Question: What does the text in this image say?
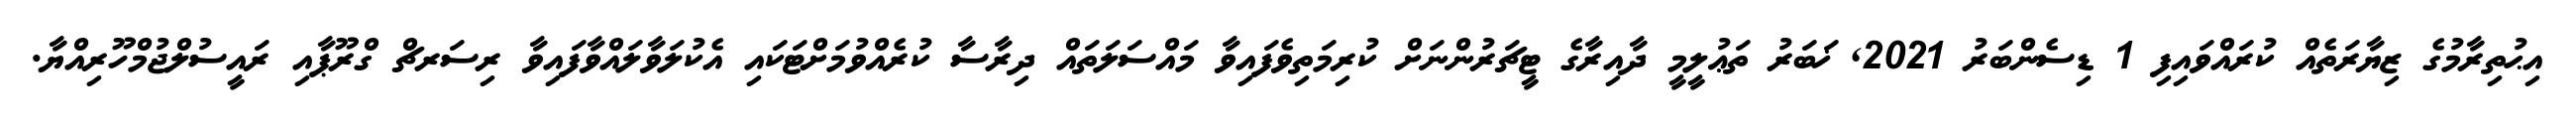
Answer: އިޙުތިރާމުގެ ޒިޔާރަތެއް ކުރައްވައިފި 1 ޑިސެންބަރު 2021, ޚަބަރު ތަޢުލީމީ ދާއިރާގެ ޓީޗަރުންނަށް ކުރިމަތިވެފައިވާ މައްސަލަތައް ދިރާސާ ކުރެއްވުމަށްޓަކައި އެކުލަވާލައްވާފައިވާ ރިސަރޗް ގްރޫޕާއި ރައީސުލްޖުމްހޫރިއްޔާ.